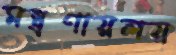
মন্ত্রণায়লয়